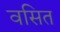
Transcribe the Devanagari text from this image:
वसित